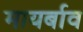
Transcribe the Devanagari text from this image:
मायर्बाव